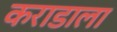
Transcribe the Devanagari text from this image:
कराडाला